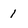
Character: 1